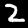
Digit: 2